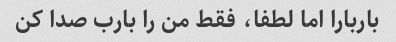
باربارا اما لطفا، فقط من را بارب صدا کن